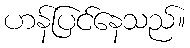
ဟန်ပြင်နေသည်။